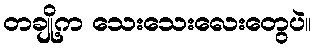
တချို့က သေးသေးလေးတွေပဲ။